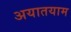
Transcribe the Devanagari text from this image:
अयातयाम